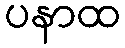
ပနာထ